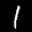
Label: 1